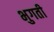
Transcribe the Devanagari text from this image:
भुगती